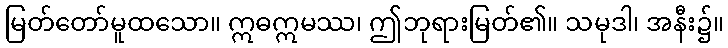
မြတ်တော်မူထသော။ ဣဓဣမဿ၊ ဤဘုရားမြတ်၏။ သမုဒါ၊ အနီး၌။